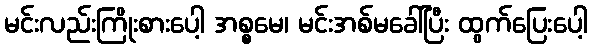
မင်းလည်းကြိုးစားပေါ့ အစ္စမေ၊ မင်းအစ်မခေါ်ပြီး ထွက်ပြေးပေါ့